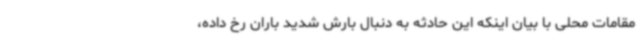
مقامات محلی با بیان اینکه این حادثه به دنبال بارش شدید باران رخ داده،